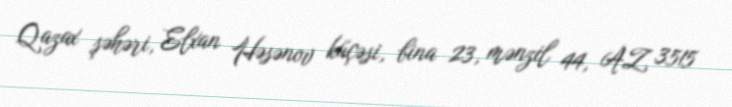
Qazax şəhəri, Elxan Həsənov küçəsi, bina 23, mənzil 44, AZ 3515